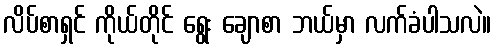
လိပ်စာရှင် ကိုယ်တိုင် ရွေး ချောစာ ဘယ်မှာ လက်ခံပါသလဲ။